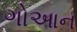
ગોઆન